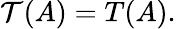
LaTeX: {\mathcal{T}}(A)=T(A).